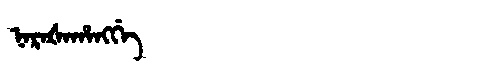
Manchu: ᠨᠠᡵᠠᡧᠠᡥᠠᠩᡤᡝ
Romanization: NARAŠAHANGGE